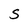
Character: S